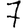
Digit: 7